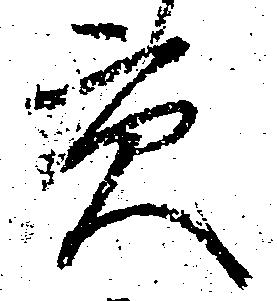
貢